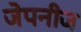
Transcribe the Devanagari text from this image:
जेपनीज